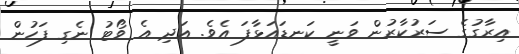
އިރާގުގެ ސަރުކާރުން ވަނީ ކަނޑައަޅާފަ އެވެ. އަދި އެ ވޯޓު ނެގި ފަހުން